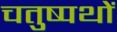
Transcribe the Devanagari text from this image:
चतुष्पथों